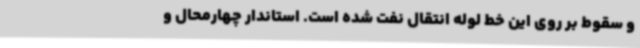
و سقوط بر روی این خط لوله انتقال نفت شده است. استاندار چهارمحال و